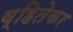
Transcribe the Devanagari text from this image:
व्हितेकर